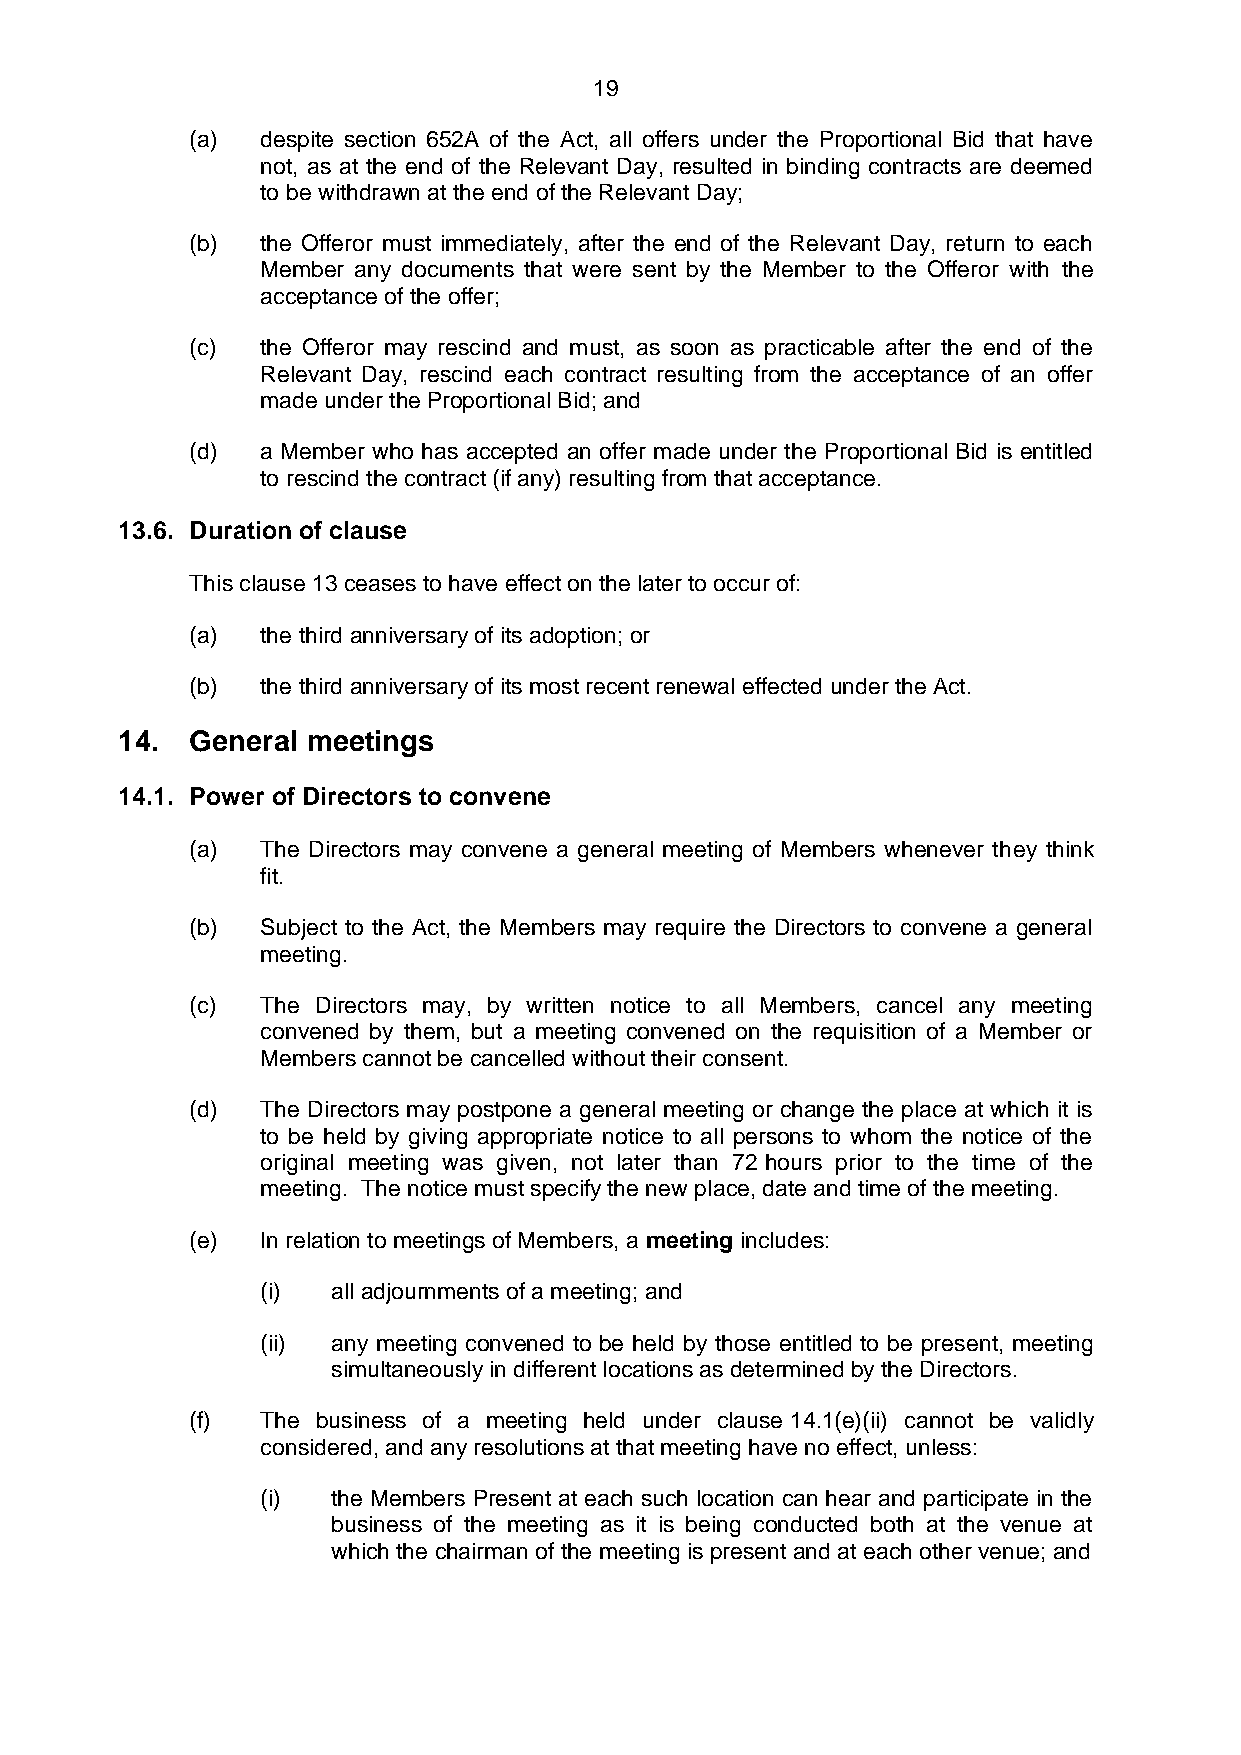
19
 (a) despite section 652A of the Act, all offers under the Proportional Bid that have
 not, as at the end of the Relevant Day, resulted in binding contracts are deemed
 to be withdrawn at the end of the Relevant Day;
 (b) the Offeror must immediately, after the end of the Relevant Day, return to each
 Member any documents that were sent by the Member to the Offeror with the
 acceptance of the offer;
 (c) the Offeror may rescind and must, as soon as practicable after the end of the
 Relevant Day, rescind each contract resulting from the acceptance of an offer
 made under the Proportional Bid; and
 (d) a Member who has accepted an offer made under the Proportional Bid is entitled
 to rescind the contract (if any) resulting from that acceptance.
 13.6. Duration of clause
 This clause 13 ceases to have effect on the later to occur of:
 (a) the third anniversary of its adoption; or
 (b) the third anniversary of its most recent renewal effected under the Act.
 14.  General meetings
 14.1. Power of Directors to convene
 (a) The Directors may convene a general meeting of Members whenever they think
 fit.
 (b) Subject to the Act, the Members may require the Directors to convene a general
 meeting.
 (c) The Directors may, by written notice to all Members, cancel any meeting
 convened by them, but a meeting convened on the requisition of a Member or
 Members cannot be cancelled without their consent.
 (d) The Directors may postpone a general meeting or change the place at which it is
 to be held by giving appropriate notice to all persons to whom the notice of the
 original meeting was given, not later than 72 hours prior to the time of the
 meeting. The notice must specify the new place, date and time of the meeting.
 (e) In relation to meetings of Members, a meeting includes:
 (i)  all adjournments of a meeting; and
 (ii) any meeting convened to be held by those entitled to be present, meeting
 simultaneously in different locations as determined by the Directors.
 (f) The business of a meeting held under clause 14.1(e)(ii) cannot be validly
 considered, and any resolutions at that meeting have no effect, unless:
 (i)  the Members Present at each such location can hear and participate in the
 business of the meeting as it is being conducted both at the venue at
 which the chairman of the meeting is present and at each other venue; and